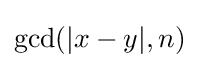
\gcd(|x-y|,n)